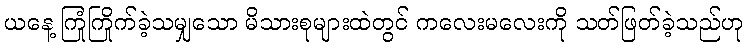
ယနေ့ ကြုံကြိုက်ခဲ့သမျှသော မိသားစုများထဲတွင် ကလေးမလေးကို သတ်ဖြတ်ခဲ့သည်ဟု